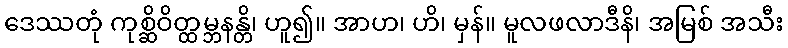
ဒေဿတုံ ကုစ္ဆိဝိတ္ထမ္ဘနန္တိ၊ ဟူ၍။ အာဟ၊ ဟိ၊ မှန်။ မူလဖလာဒီနိ၊ အမြစ် အသီး